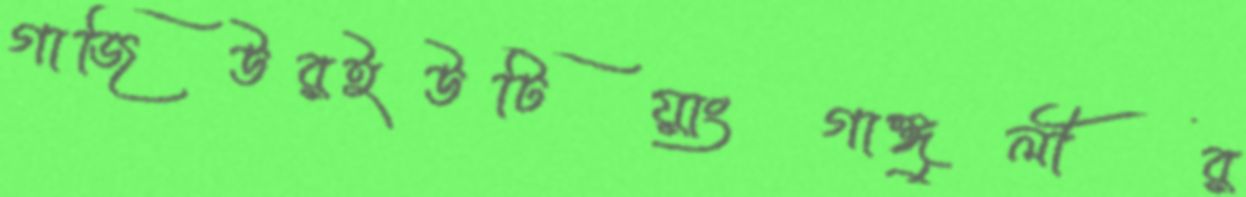
গাজিউরইউটিয়াংগাঙ্গুলীর